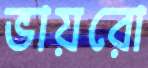
ভায়রো